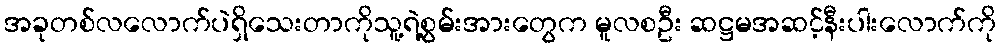
အခုတစ်လလောက်ပဲရှိသေးတာကိုသူ့ရဲ့စွမ်းအားတွေက မူလစဦး ဆဋ္ဌမအဆင့်နီးပါးလောက်ကို